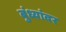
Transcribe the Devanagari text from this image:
बुंध्यांवर